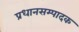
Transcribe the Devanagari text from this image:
प्रधानसम्पादक